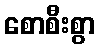
စောစီးစွာ